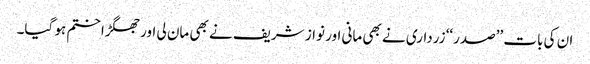
ان کی بات ’’صدر‘‘ زرداری نے بھی مانی اور نواز شریف نے بھی مان لی اور جھگڑا ختم ہو گیا۔